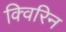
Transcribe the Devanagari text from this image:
क्विरिन